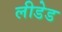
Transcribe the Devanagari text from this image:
लीडेड